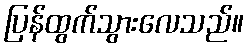
ပြန်ထွက်သွားလေသည်။